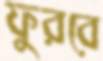
ফুরবে